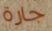
جارة